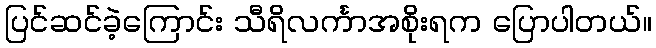
ပြင်ဆင်ခဲ့ကြောင်း သီရိလင်္ကာအစိုးရက ပြောပါတယ်။